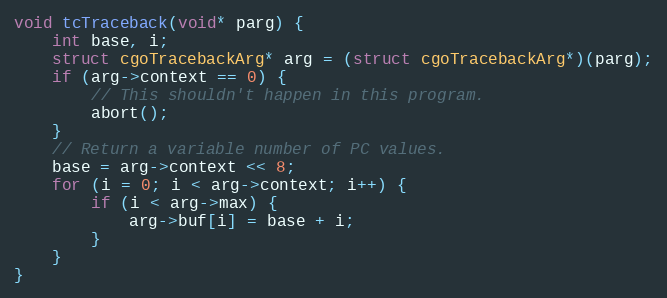
Language: C
void tcTraceback(void* parg) {
	int base, i;
	struct cgoTracebackArg* arg = (struct cgoTracebackArg*)(parg);
	if (arg->context == 0) {
		// This shouldn't happen in this program.
		abort();
	}
	// Return a variable number of PC values.
	base = arg->context << 8;
	for (i = 0; i < arg->context; i++) {
		if (i < arg->max) {
			arg->buf[i] = base + i;
		}
	}
}